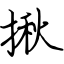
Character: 揪